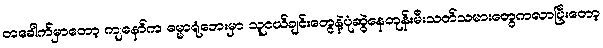
တခေါက်မှာတော့ ကျနော်က ဓမ္မာရုံဘေးမှာ သူငယ်ချင်းတွေနဲ့ပုံဆွဲနေတုန်းမီးသတ်သမားတွေကလာပြီးတော့